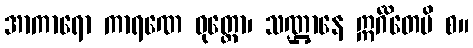
အာကာရော ကာရဏေ ဝုတ္တော၊ သဏ္ဌာနေ ဣင်္ဂိတေပိ စ။